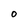
Character: O